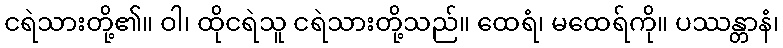
ငရဲသားတို့၏။ ဝါ၊ ထိုငရဲသူ ငရဲသားတို့သည်။ ထေရံ၊ မထေရ်ကို။ ပဿန္တာနံ၊